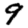
Digit: 9